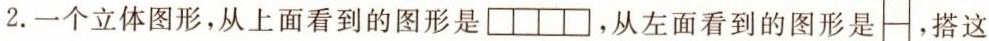
2.一个立体图形，从上面看到的图形是，从左面看到的图形是，搭这